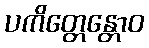
ပကိတ္တေန္တောဝ